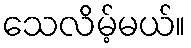
သေလိမ့်မယ်။